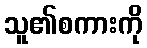
သူ၏စကားကို